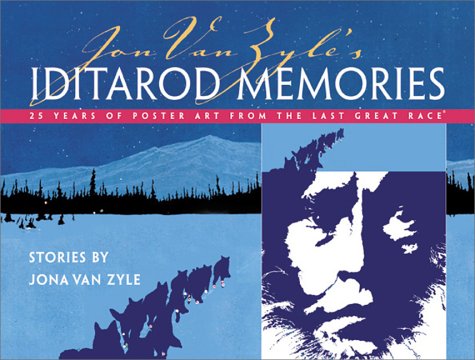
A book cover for Jon Van Zyle's Iditarod Memories: 25 Years of Post; Jona Van Zyle; Sports & Outdoors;